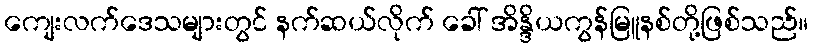
ကျေးလက်ဒေသများတွင် နက်ဆယ်လိုက် ခေါ် အိန္ဒိယကွန်မြူနစ်တို့ဖြစ်သည်။